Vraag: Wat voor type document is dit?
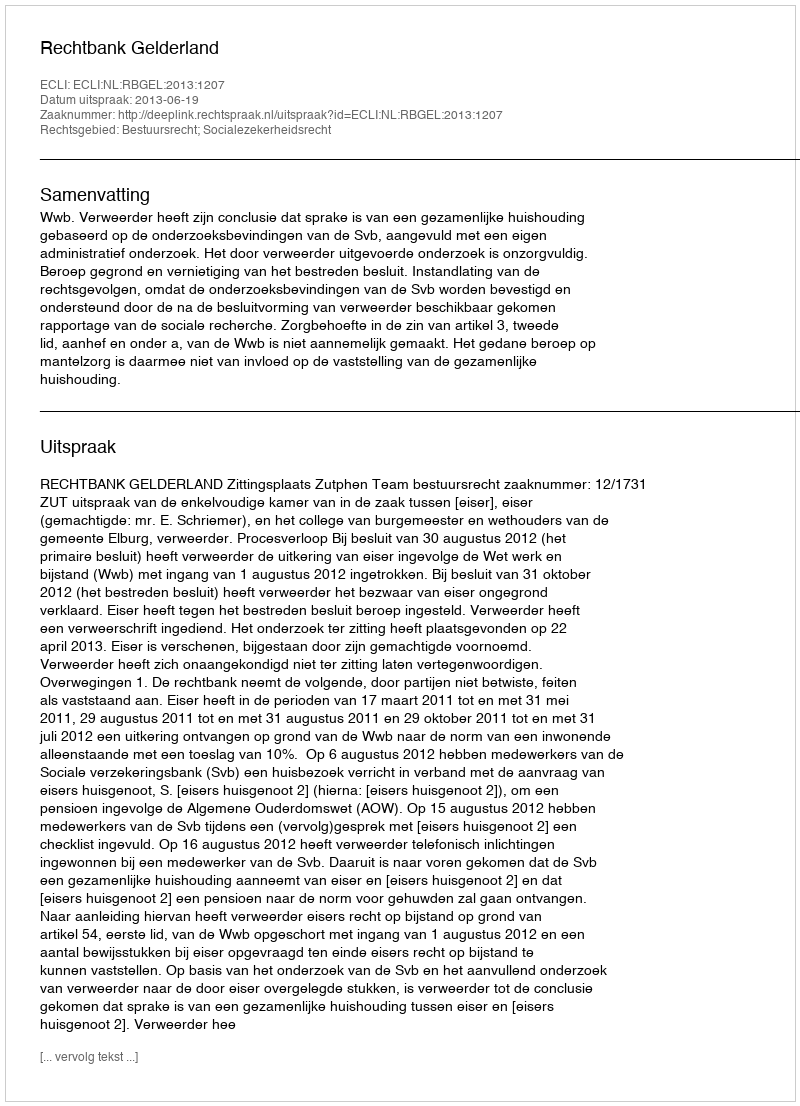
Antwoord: Uitspraak